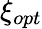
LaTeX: \xi_{opt}